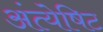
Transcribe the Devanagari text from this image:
अंत्येषिट